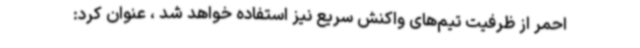
احمر از ظرفیت تیم‌های واکنش سریع نیز استفاده خواهد شد ، عنوان کرد: